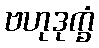
ဗဟုဒုက္ခံ